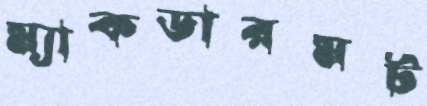
ম্যাকডারমট